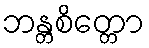
ဘန္တစိတ္တော